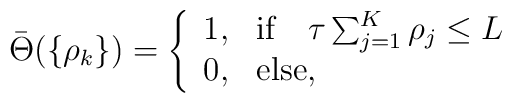
\bar{\Theta}(\{\rho_k\}) =\left\{\begin{array}{ll}1, & \mbox{if} \quad \tau \sum^K_{j=1} \rho_j \le L \\0, & \mbox{else},\end{array}\right.